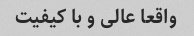
واقعا عالی و با کیفیت